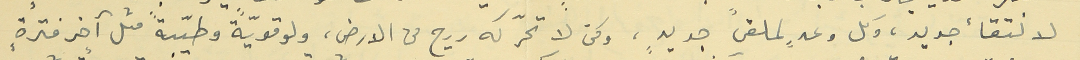
لالتقاء جديد، وكل وعدٍ لملقىً جديدٍ، ولحن لا تحرّكه ريح من الارض، ولو قويّةً وطيّبةً مثل آخر فترةٍ